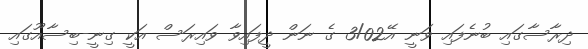
ދިރާސާގައި ބުނެފައި ވަނީ އޭ3/02 ގެ ނަން ދީފައިވާ ވައިރަސް އަކީ ގިނީ-ބިސާއޫގައި